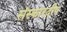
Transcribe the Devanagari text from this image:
संस्कारदीप